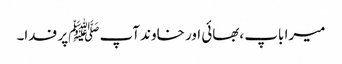
میرا باپ ،بھائی اور خاوند آپ ﷺپر فدا۔